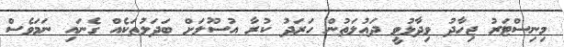
މިނިސްޓަރު ޖިހާދު ވިދާޅުވީ ދައުލަތުން ހަރަދު ކުރާ އުސޫލަށް ބަދަލުތަކެއް ގެނައި ނަމަވެސް